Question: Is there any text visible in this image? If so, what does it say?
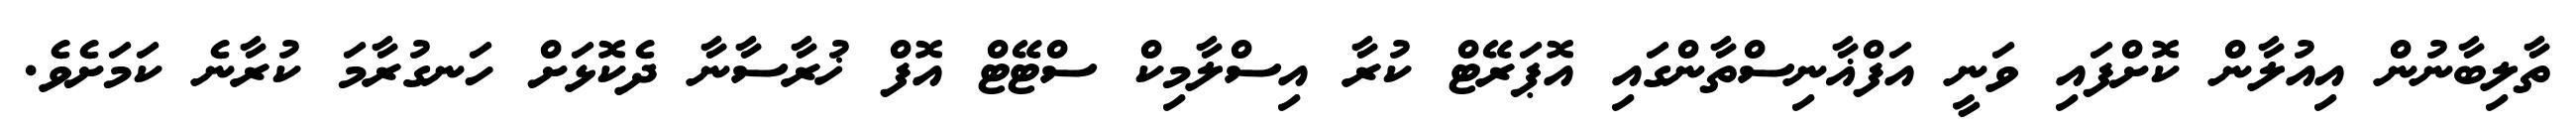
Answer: ތާލިބާނުން އިއުލާން ކޮށްފައި ވަނީ އަފްޣާނިސްތާންގައި އޮޕަރޭޓް ކުރާ އިސްލާމިކް ސްޓޭޓް އޮފް ޚުރާސާނާ ދެކޮޅަށް ހަނގުރާމަ ކުރާނެ ކަމަށެވެ.